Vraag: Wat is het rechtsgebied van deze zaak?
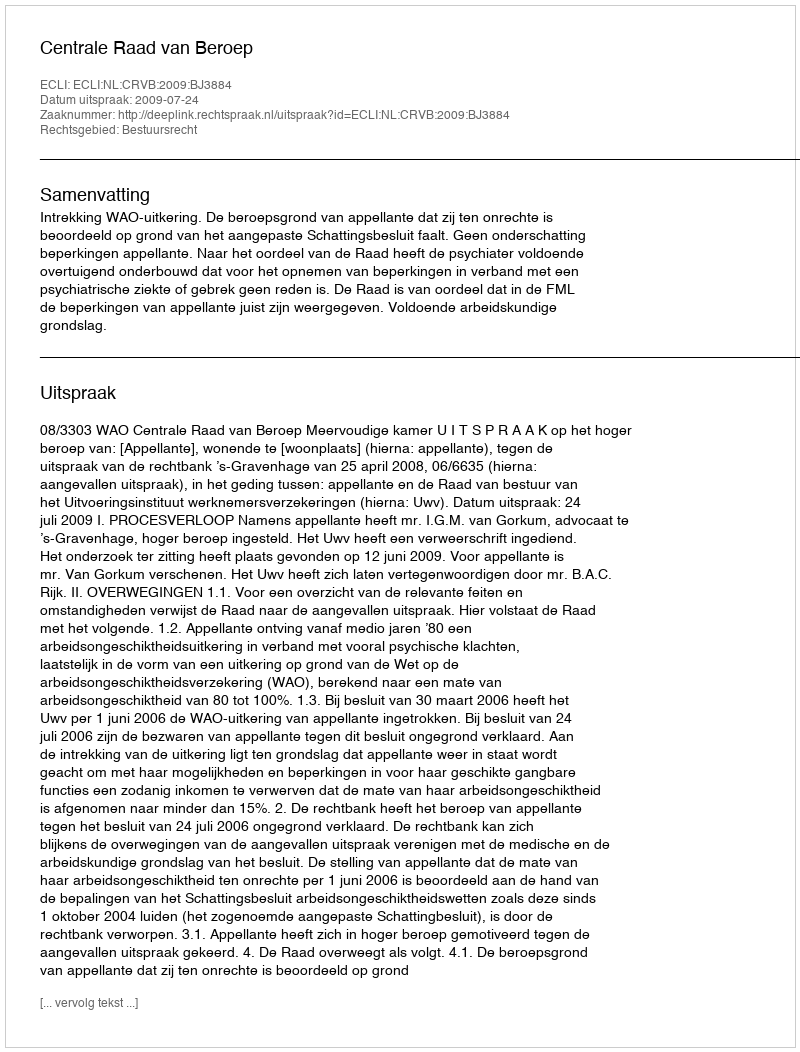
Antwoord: Bestuursrecht